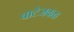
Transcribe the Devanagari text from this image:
वाटेजवळ